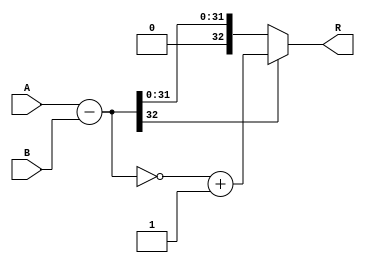
// MIT License
// 
// Copyright (c) 2021-2024 iCAS Lab
// 
// Permission is hereby granted, free of charge, to any person obtaining a copy
// of this software and associated documentation files (the "Software"), to deal
// in the Software without restriction, including without limitation the rights
// to use, copy, modify, merge, publish, distribute, sublicense, and/or sell
// copies of the Software, and to permit persons to whom the Software is
// furnished to do so, subject to the following conditions:
// 
// The above copyright notice and this permission notice shall be included in all
// copies or substantial portions of the Software.
// 
// THE SOFTWARE IS PROVIDED "AS IS", WITHOUT WARRANTY OF ANY KIND, EXPRESS OR
// IMPLIED, INCLUDING BUT NOT LIMITED TO THE WARRANTIES OF MERCHANTABILITY,
// FITNESS FOR A PARTICULAR PURPOSE AND NONINFRINGEMENT. IN NO EVENT SHALL THE
// AUTHORS OR COPYRIGHT HOLDERS BE LIABLE FOR ANY CLAIM, DAMAGES OR OTHER
// LIABILITY, WHETHER IN AN ACTION OF CONTRACT, TORT OR OTHERWISE, ARISING FROM,
// OUT OF OR IN CONNECTION WITH THE SOFTWARE OR THE USE OR OTHER DEALINGS IN THE
// SOFTWARE.

// Company: iCAS Lab, University of South Carolina
// Design Name: 
// Module Name: subtractor
// Project Name: 
// Target Devices: 
// Tool Versions: 
// Description: 
// 
// Dependencies: 
// 
// Revision:
// Revision 0.01 - File Created
// Additional Comments:
// 
//////////////////////////////////////////////////////////////////////////////////

`timescale 1ns / 1ps

module subtractor #(parameter WIDTH = 16,ROUN_WIDTH = WIDTH+1, LOG2_WIDTH = $clog2(WIDTH)) //WIDTH --> input data width
(
input	wire	[2*WIDTH:0] 	A,B,
output	wire	[2*WIDTH:0] 	R
);

wire	[2*WIDTH:0]	sub ;

assign sub = A-B ;
assign R = sub[2*WIDTH] ? ~sub+1 : sub ; //2's complement

endmodule